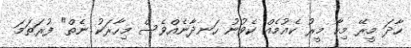
ހާދަ މީރޭ މިހާ މީރު ކެއުމެއް ކެވުނު ހަނދާނެއްވެސް މިހާރަކު ނެތް" ފުރަތަމަ